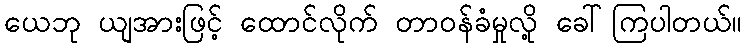
ယေဘု ယျအားဖြင့် ထောင်လိုက် တာဝန်ခံမှုလို့ ခေါ်ကြပါတယ်။